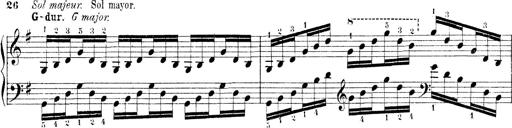
Title: Technische Studien
Composer: Franz Liszt